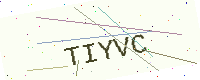
Text: TIYVC